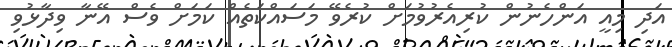
އަދި މިއީ އަންހެނުން ކުރިއެރުވުމަށް ކުރެވޭ މަސައްކަތެއް ކަމަށް ވެސް އޭނާ ވިދާޅުވި